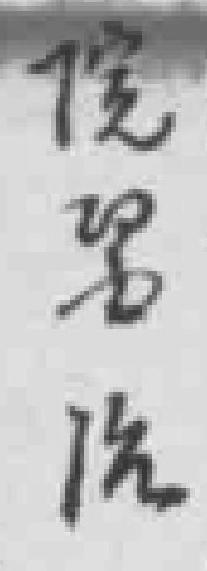
院醫治